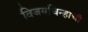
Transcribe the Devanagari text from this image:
विजयचिन्हाची